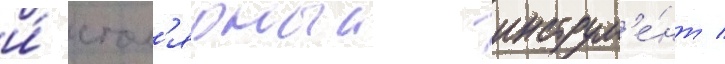
и́ стол'ярныи инструм'е́нт /